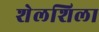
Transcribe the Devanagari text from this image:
शेलशिला